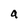
Character: a